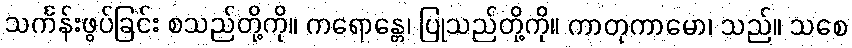
သင်္ကန်းဖွပ်ခြင်း စသည်တို့ကို။ ကရောန္တေ၊ ပြုသည်တို့ကို။ ကာတုကာမော၊ သည်။ သစေ